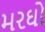
મરઘો